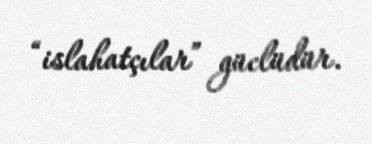
“islahatçılar” güclüdür.